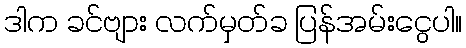
ဒါက ခင်ဗျား လက်မှတ်ခ ပြန်အမ်းငွေပါ။